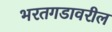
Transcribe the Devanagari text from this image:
भरतगडावरील